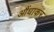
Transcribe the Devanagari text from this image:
आैंधाकर